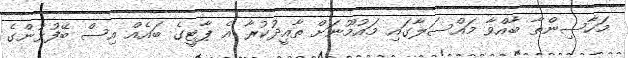
މަހާސިންތާ ބާއްވާ މައްސަލާގައި މައުމޫނަށް ތާއީދުކުރާ އެ ޕާޓީގެ ބައެއް އިސް ބޭފުޅުންގެ